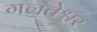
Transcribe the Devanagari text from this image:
गलतेश्वर